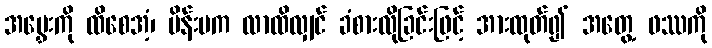
အမွှေးကို ထိစေအံ့၊ မိန်းမက လာထိလျှင် ခံစားလိုခြင်းဖြင့် အားထုတ်၍ အတွေ့ ဖဿကို